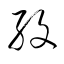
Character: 紋